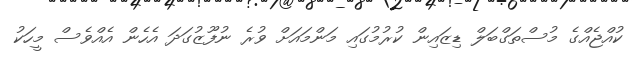
ކުއްޖެއްގެ މުސްތަގްބަލް ޑިޒައިން ކުރުމުގައި މަންމައަށް ވުރެ ނުފޫޒުގަދަ އެހެން އެއްވެސް މީހަކު